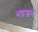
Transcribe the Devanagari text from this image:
भद्रजन